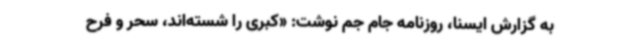
به گزارش ایسنا، روزنامه جام جم نوشت: «کبری را شسته‌اند، سحر و فرح